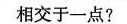
相交于一点?